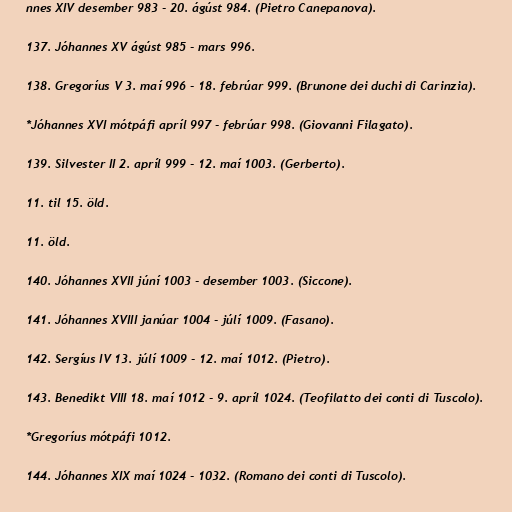
nnes XIV desember 983 - 20. ágúst 984. (Pietro Canepanova).

137. Jóhannes XV ágúst 985 - mars 996.

138. Gregoríus V 3. maí 996 - 18. febrúar 999. (Brunone dei duchi di Carinzia).

*Jóhannes XVI mótpáfi apríl 997 - febrúar 998. (Giovanni Filagato).

139. Silvester II 2. apríl 999 - 12. maí 1003. (Gerberto).

11. til 15. öld.

11. öld.

140. Jóhannes XVII júní 1003 - desember 1003. (Siccone).

141. Jóhannes XVIII janúar 1004 - júlí 1009. (Fasano).

142. Sergíus IV 13. júlí 1009 - 12. maí 1012. (Pietro).

143. Benedikt VIII 18. maí 1012 - 9. apríl 1024. (Teofilatto dei conti di Tuscolo).

*Gregoríus mótpáfi 1012.

144. Jóhannes XIX maí 1024 - 1032. (Romano dei conti di Tuscolo).